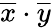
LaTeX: {\overline{{x}}}\cdot{\overline{{y}}}